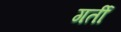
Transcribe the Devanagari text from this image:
गर्ती